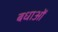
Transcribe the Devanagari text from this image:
बधाओं